Problem: 9 × 3 = ?
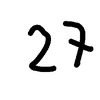
Handwritten answer: 27